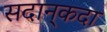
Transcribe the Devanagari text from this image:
सदान्‌कदा